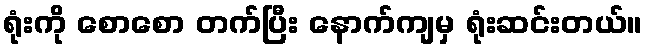
ရုံးကို စောစော တက်ပြီး နောက်ကျမှ ရုံးဆင်းတယ်။